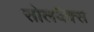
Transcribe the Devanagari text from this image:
सोलवैक्स